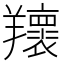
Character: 𦏨